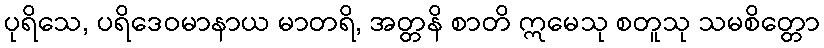
ပုရိသေ, ပရိဒေဝမာနာယ မာတရိ, အတ္တနိ စာတိ ဣမေသု စတူသု သမစိတ္တော